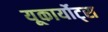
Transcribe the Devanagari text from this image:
यूकार्योट्स